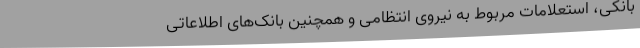
بانکی، استعلامات مربوط به نیروی انتظامی و همچنین بانک‌های اطلاعاتی